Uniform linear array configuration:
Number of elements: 4
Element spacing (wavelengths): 0.5
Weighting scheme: cosine
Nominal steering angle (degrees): -15
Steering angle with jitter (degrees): -14.85
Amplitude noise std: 0.05
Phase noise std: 0.05

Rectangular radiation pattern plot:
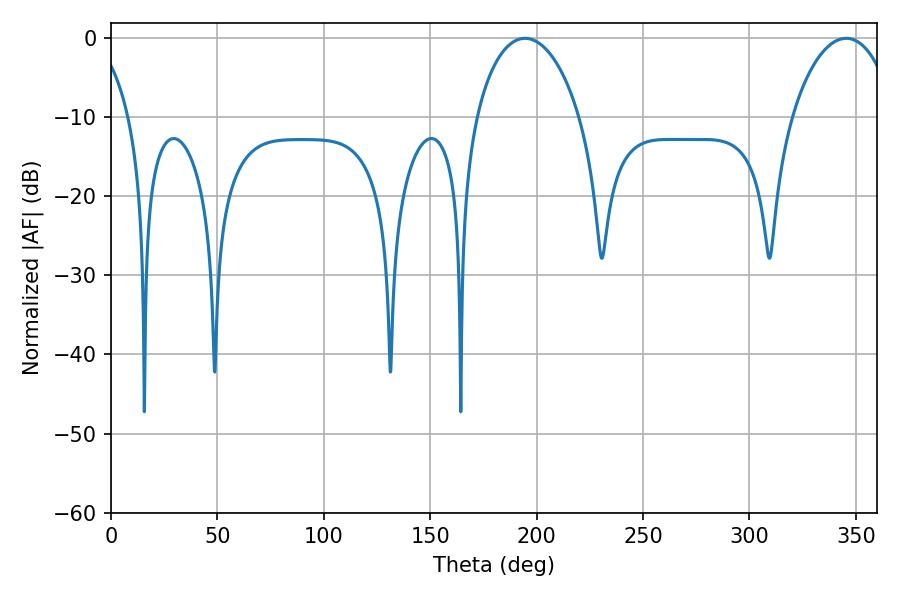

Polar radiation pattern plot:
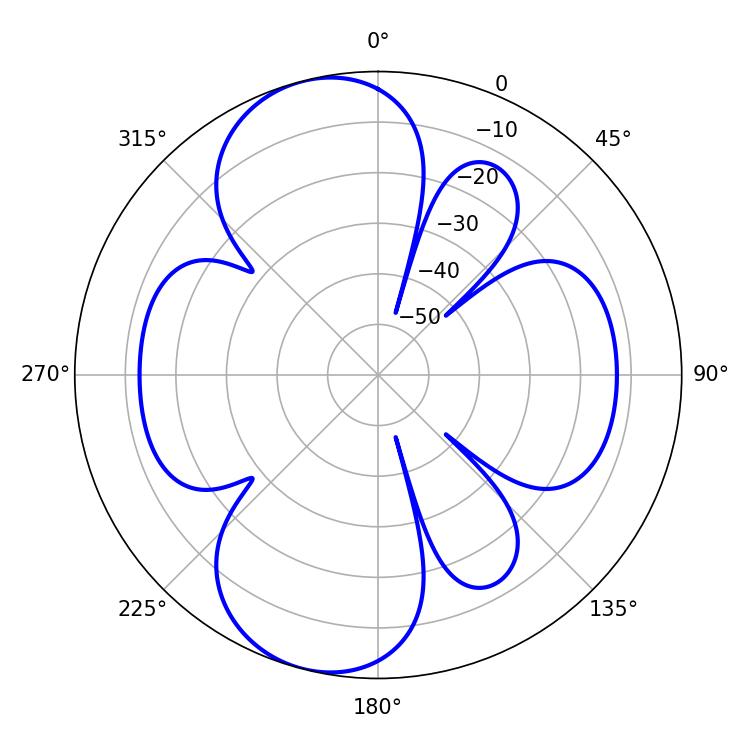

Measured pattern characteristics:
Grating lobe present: FALSE
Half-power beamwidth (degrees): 27.9
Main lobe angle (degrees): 194.58